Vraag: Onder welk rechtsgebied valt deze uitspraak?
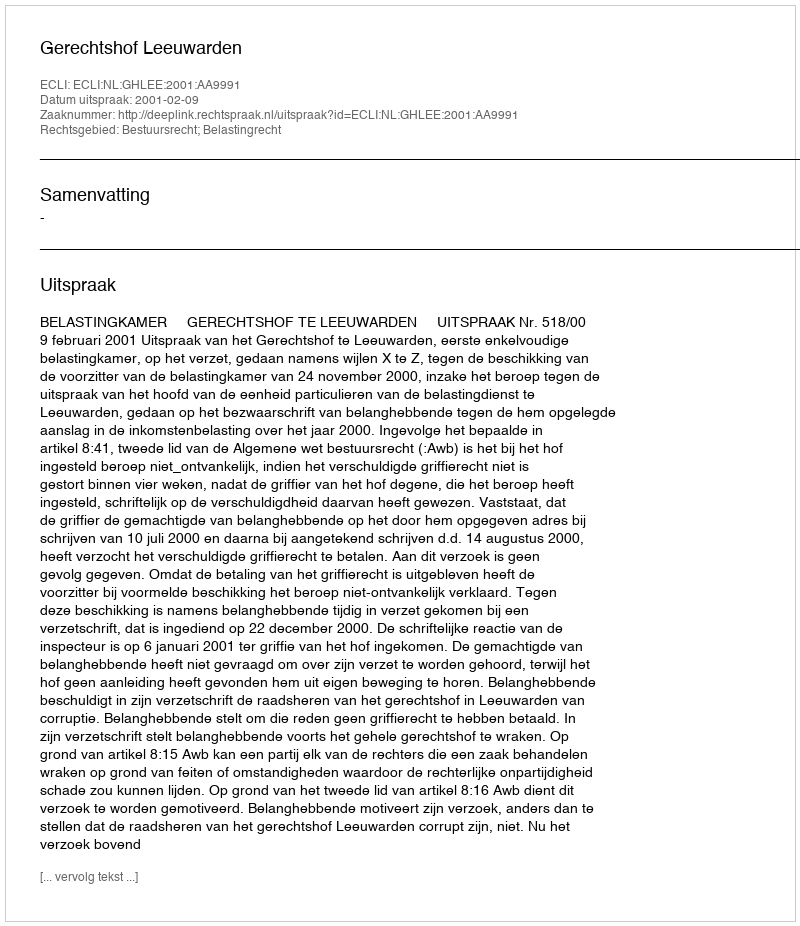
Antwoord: Bestuursrecht; Belastingrecht